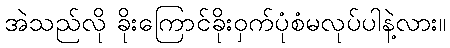
အဲသည်လို ခိုးကြောင်ခိုးဝှက်ပုံစံမလုပ်ပါနဲ့လား။